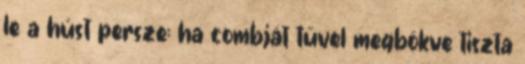
le a húst persze: ha combját tűvel megbökve tiszta